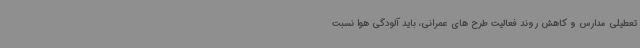
تعطیلی مدارس و کاهش روند فعالیت طرح های عمرانی، باید آلودگی هوا نسبت